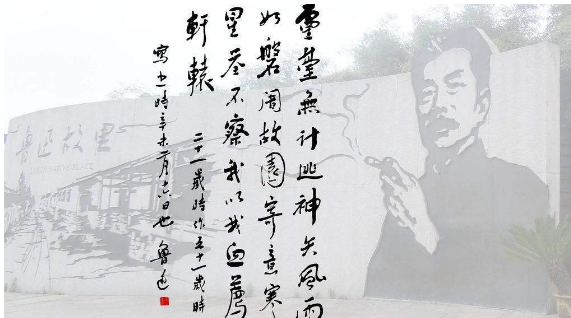
寄意寒星荃不察，我以我血荐轩辕。